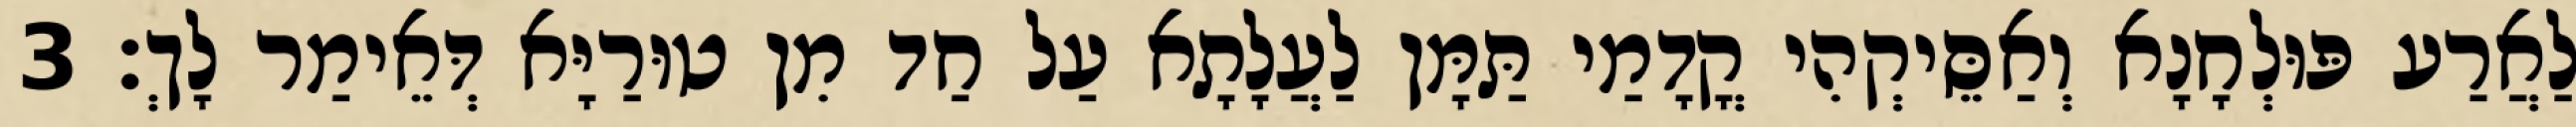
לַאֲרַע פּוּלְחָנָא וְאַסֵּיקְהִי קֳדָמַי תַּמָּן לַעֲלָתָא עַל חַד מִן טוּרַיָּא דְּאֵימַר לָךְ׃ 3